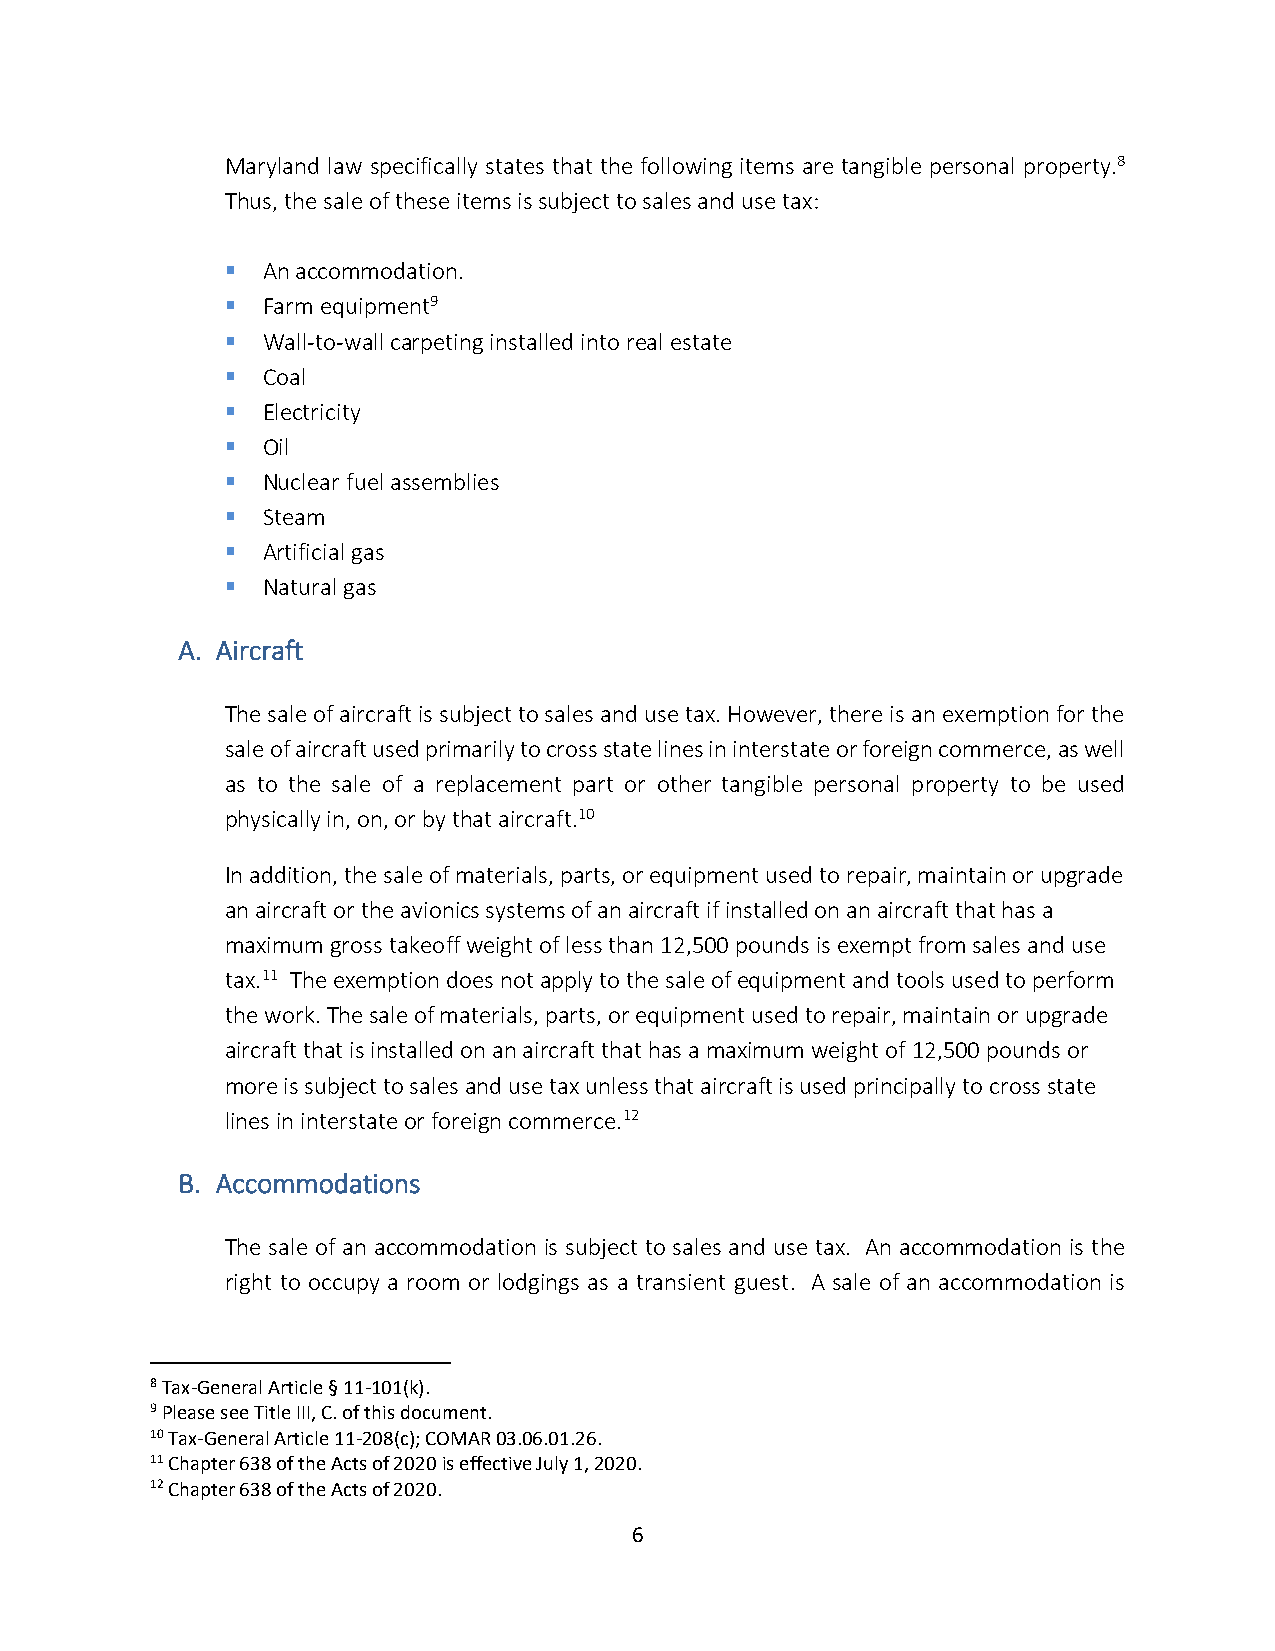
Maryland law specifically states that the following items are tangible personal property.8
 Thus, the sale of these items is subject to sales and use tax:
 ▪ An accommodation.
 ▪ Farm equipment9
 ▪ Wall-to-wall carpeting installed into real estate
 ▪ Coal
 ▪ Electricity
 ▪ Oil
 ▪ Nuclear fuel assemblies
 ▪ Steam
 ▪ Artificial gas
 ▪ Natural gas
 A. Aircraft
 The sale of aircraft is subject to sales and use tax. However, there is an exemption for the
 sale of aircraft used primarily to cross state lines in interstate or foreign commerce, as well
 as to the sale of a replacement part or other tangible personal property to be used
 physically in, on, or by that aircraft.10
 In addition, the sale of materials, parts, or equipment used to repair, maintain or upgrade
 an aircraft or the avionics systems of an aircraft if installed on an aircraft that has a
 maximum gross takeoff weight of less than 12,500 pounds is exempt from sales and use
 tax.11 The exemption does not apply to the sale of equipment and tools used to perform
 the work. The sale of materials, parts, or equipment used to repair, maintain or upgrade
 aircraft that is installed on an aircraft that has a maximum weight of 12,500 pounds or
 more is subject to sales and use tax unless that aircraft is used principally to cross state
 lines in interstate or foreign commerce.12
 B. Accommodations
 The sale of an accommodation is subject to sales and use tax. An accommodation is the
 right to occupy a room or lodgings as a transient guest. A sale of an accommodation is
 8 Tax-General Article § 11-101(k).
 9 Please see Title III, C. of this document.
 10 Tax-General Article 11-208(c); COMAR 03.06.01.26.
 11 Chapter 638 of the Acts of 2020 is effective July 1, 2020.
 12 Chapter 638 of the Acts of 2020.
 6